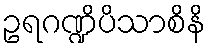
ဥရဂဏ္ဍိပိသာစိနိ